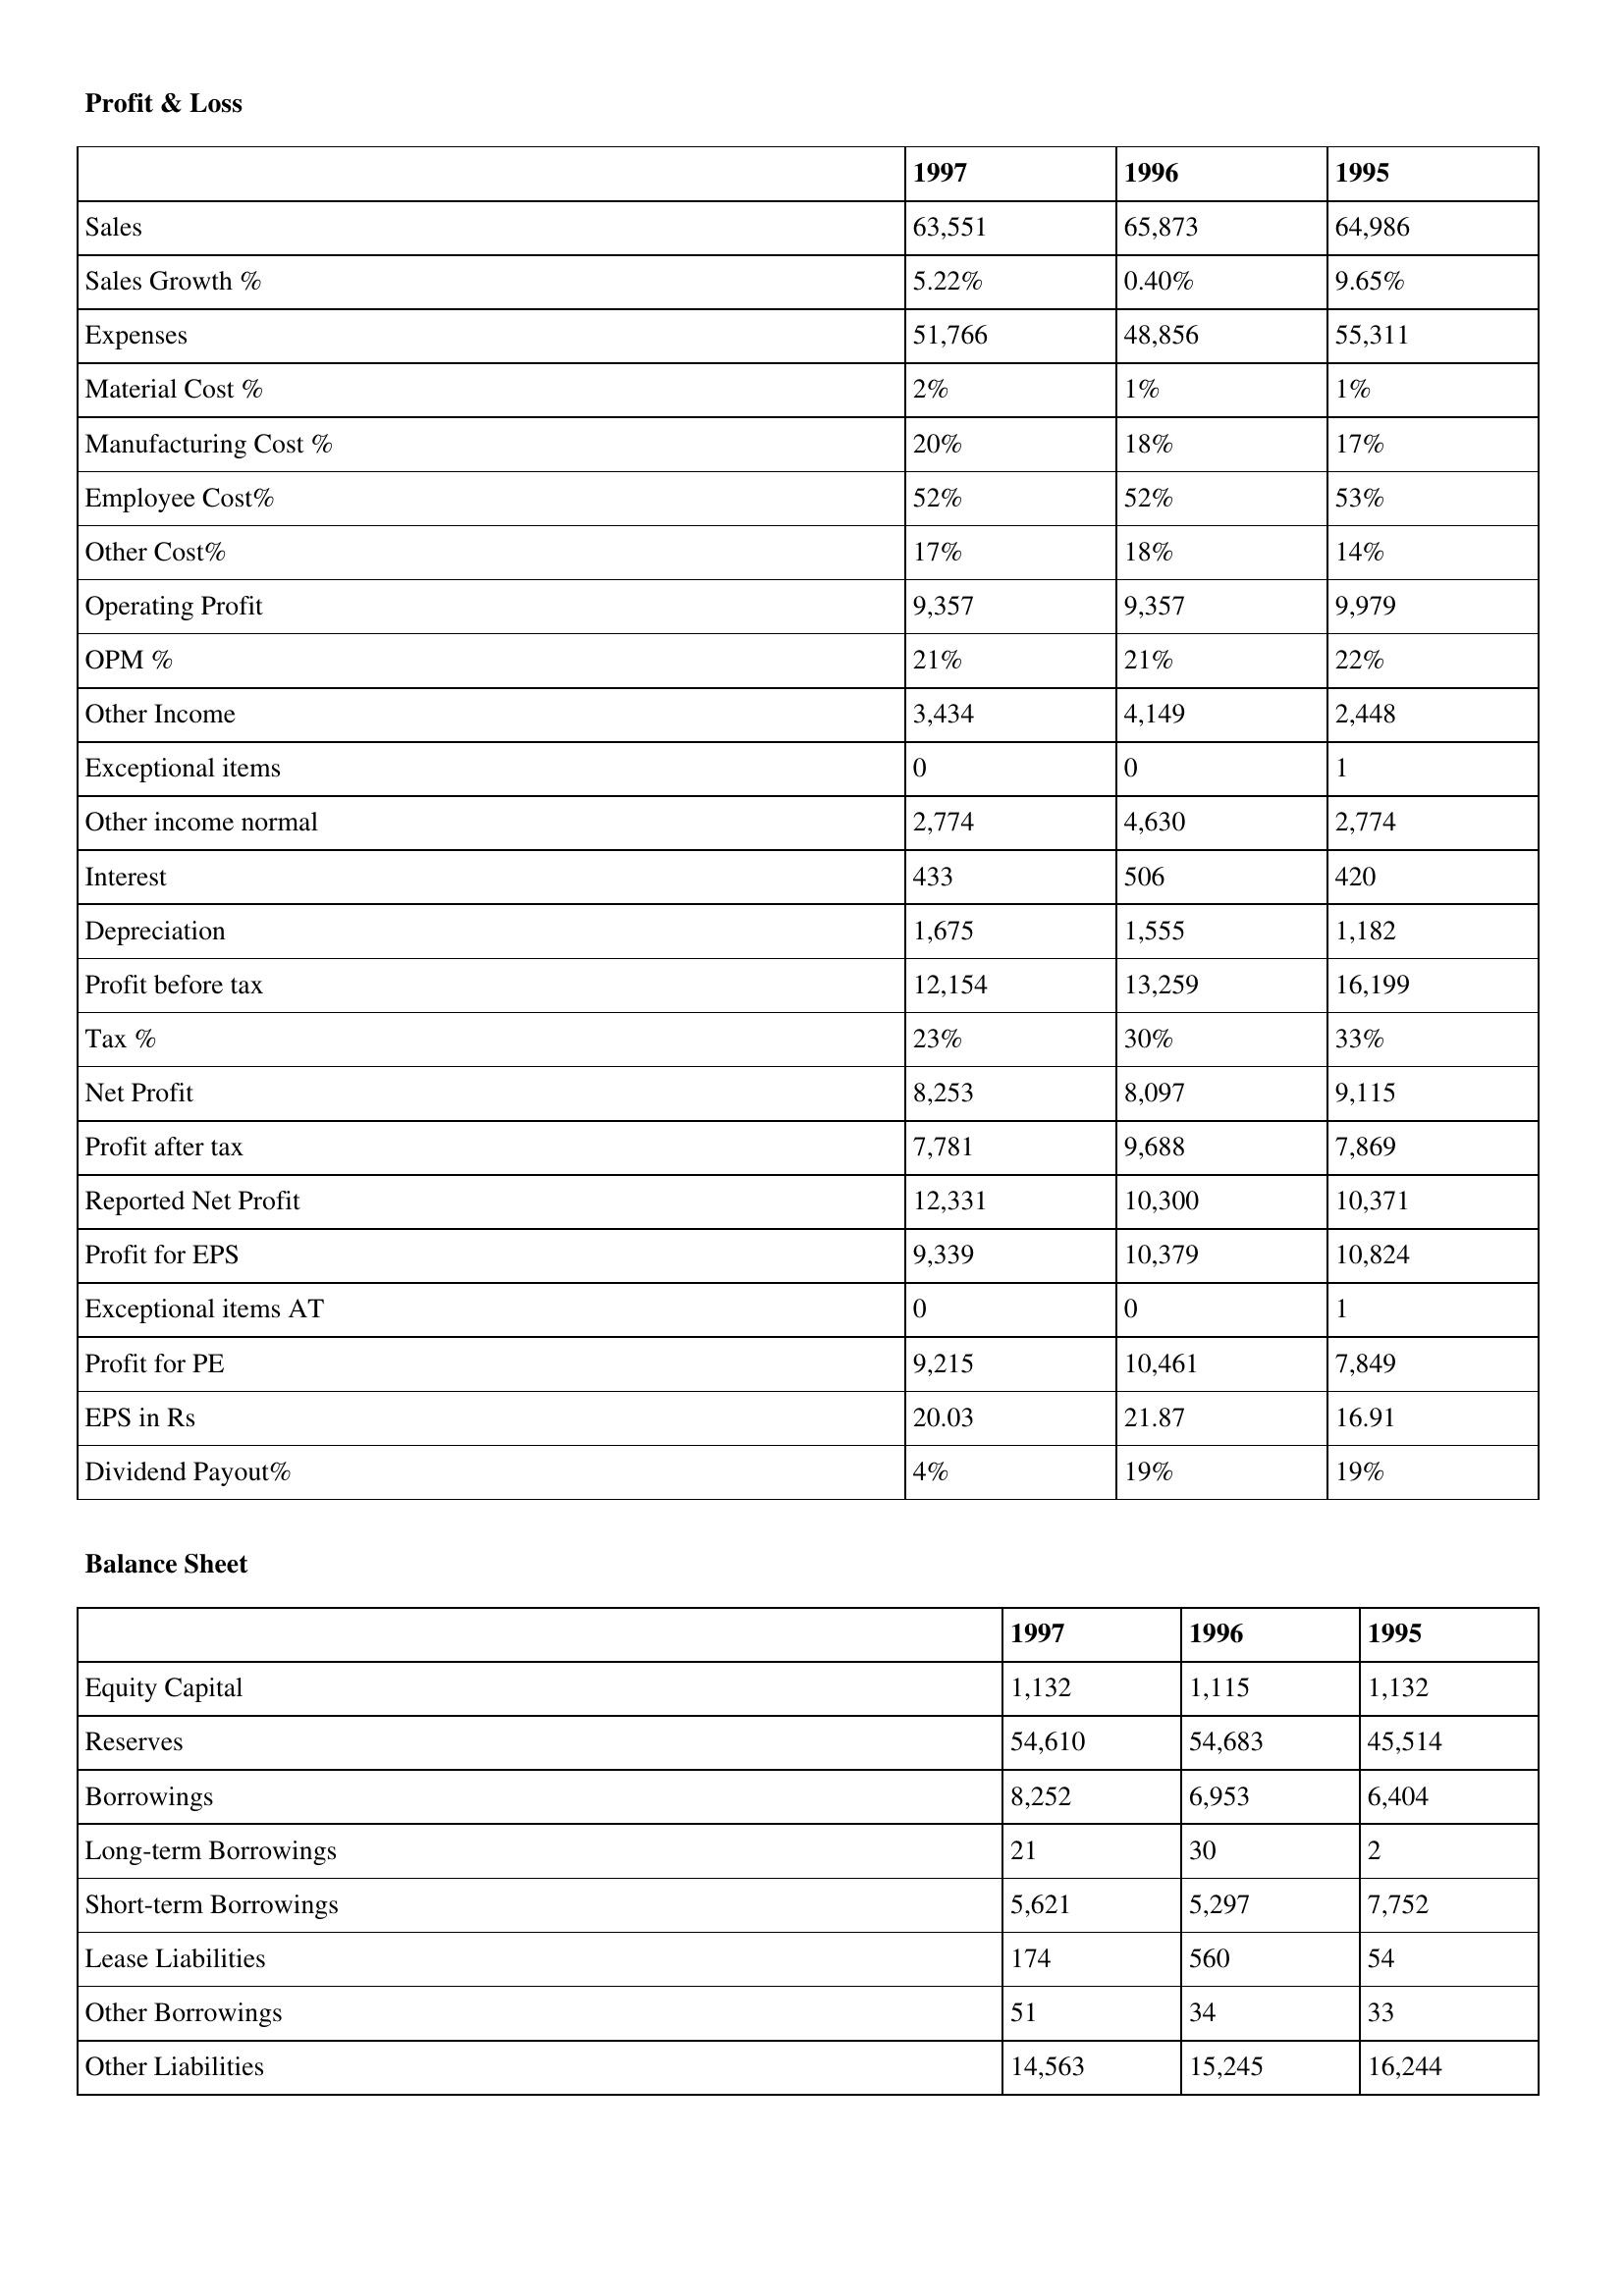
gt_parse: 1997: Profit & Loss: Sales: 63,551
Sales Growth %: 5.22%
Expenses: 51,766
Material Cost %: 2%
Manufacturing Cost %: 20%
Employee Cost%: 52%
Other Cost%: 17%
Operating Profit: 9,357
OPM %: 21%
Other Income: 3,434
Exceptional items: 0
Other income normal: 2,774
Interest: 433
Depreciation: 1,675
Profit before tax: 12,154
Tax %: 23%
Net Profit: 8,253
Profit after tax: 7,781
Reported Net Profit: 12,331
Profit for EPS: 9,339
Exceptional items AT: 0
Profit for PE: 9,215
EPS in Rs: 20.03
Dividend Payout%: 4%
Balance Sheet: Equity Capital: 1,132
Reserves: 54,610
Borrowings: 8,252
Long-term Borrowings: 21
Short-term Borrowings: 5,621
Lease Liabilities: 174
Other Borrowings: 51
Other Liabilities: 14,563
1996: Profit & Loss: Sales: 65,873
Sales Growth %: 0.40%
Expenses: 48,856
Material Cost %: 1%
Manufacturing Cost %: 18%
Employee Cost%: 52%
Other Cost%: 18%
Operating Profit: 9,357
OPM %: 21%
Other Income: 4,149
Exceptional items: 0
Other income normal: 4,630
Interest: 506
Depreciation: 1,555
Profit before tax: 13,259
Tax %: 30%
Net Profit: 8,097
Profit after tax: 9,688
Reported Net Profit: 10,300
Profit for EPS: 10,379
Exceptional items AT: 0
Profit for PE: 10,461
EPS in Rs: 21.87
Dividend Payout%: 19%
Balance Sheet: Equity Capital: 1,115
Reserves: 54,683
Borrowings: 6,953
Long-term Borrowings: 30
Short-term Borrowings: 5,297
Lease Liabilities: 560
Other Borrowings: 34
Other Liabilities: 15,245
1995: Profit & Loss: Sales: 64,986
Sales Growth %: 9.65%
Expenses: 55,311
Material Cost %: 1%
Manufacturing Cost %: 17%
Employee Cost%: 53%
Other Cost%: 14%
Operating Profit: 9,979
OPM %: 22%
Other Income: 2,448
Exceptional items: 1
Other income normal: 2,774
Interest: 420
Depreciation: 1,182
Profit before tax: 16,199
Tax %: 33%
Net Profit: 9,115
Profit after tax: 7,869
Reported Net Profit: 10,371
Profit for EPS: 10,824
Exceptional items AT: 1
Profit for PE: 7,849
EPS in Rs: 16.91
Dividend Payout%: 19%
Balance Sheet: Equity Capital: 1,132
Reserves: 45,514
Borrowings: 6,404
Long-term Borrowings: 2
Short-term Borrowings: 7,752
Lease Liabilities: 54
Other Borrowings: 33
Other Liabilities: 16,244